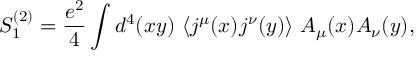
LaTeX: S _ { 1 } ^ { ( 2 ) } = \frac { e ^ { 2 } } { 4 } \int d ^ { 4 } ( x y ) ~ \langle j ^ { \mu } ( x ) j ^ { \nu } ( y ) \rangle ~ A _ { \mu } ( x ) A _ { \nu } ( y ) ,